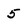
Character: 5